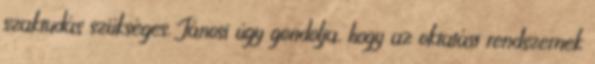
szaktudás szükséges. Jánosi úgy gondolja, hogy az oktatási rendszernek